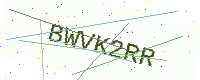
Text: BWVK2RR